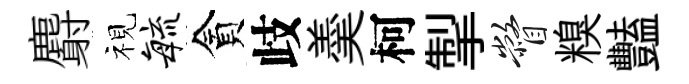
麝视敏貪歧羮柯掣瞥糗豔